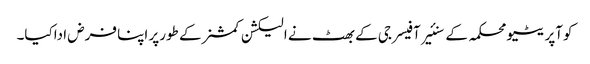
کوآپریٹیو محکمہ کے سنئیر آفیسر جی کے بھٹ نے الیکشن کمشنر کے طورپر اپنا فرض اداکیا۔